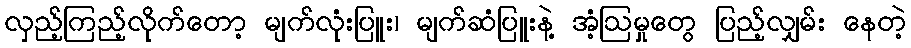
လှည့်ကြည့်လိုက်တော့ မျက်လုံးပြူး၊ မျက်ဆံပြူးနဲ့ အံ့ဩမှုတွေ ပြည့်လျှမ်း နေတဲ့